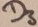
Text: D3